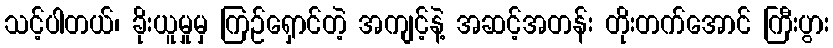
သင့်ပါတယ်၊ ခိုးယူမှုမှ ကြဉ်ရှောင်တဲ့ အကျင့်နဲ့ အဆင့်အတန်း တိုးတက်အောင် ကြီးပွား